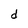
Character: d